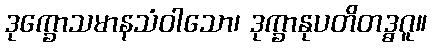
ဒုက္ခောသမာနသံဝါသော၊ ဒုက္ခာနုပတိတဒ္ဓဂူ။